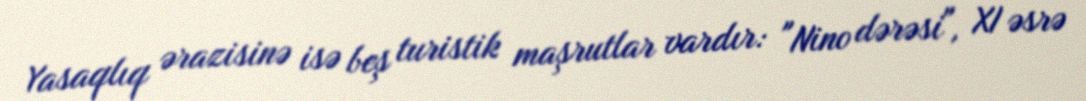
Yasaqlıq ərazisinə isə beş turistik maşrutlar vardır: "Nino dərəsi", XI əsrə